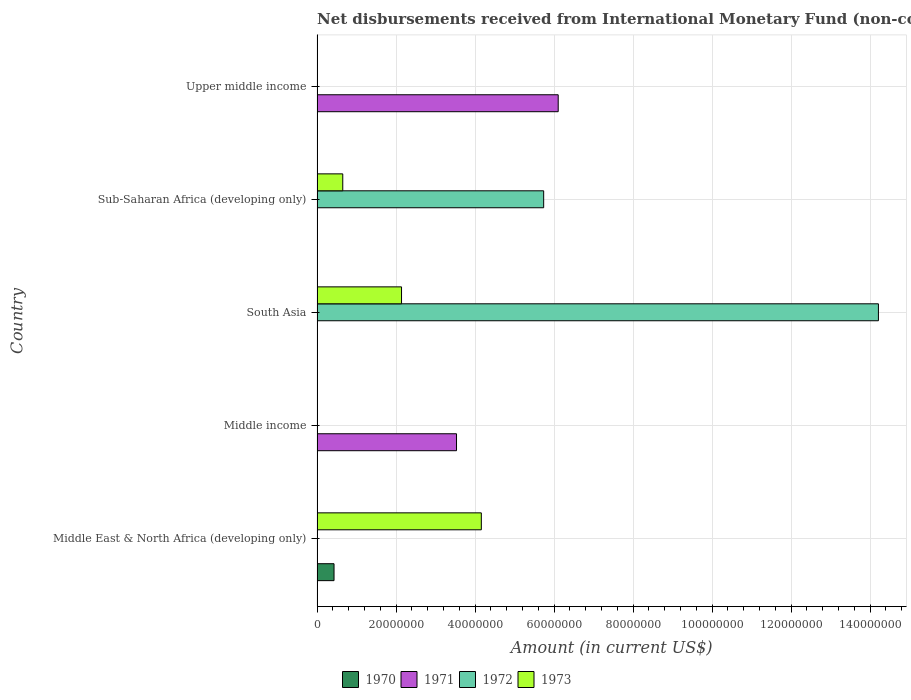
| Country | 1970 | 1971 | 1972 | 1973 |
 | --- | --- | --- | --- | --- |
 | Middle East & North Africa (developing only) | 4.3e+06 | -2.56e+06 | -8.06e+07 | 4.16e+07 |
 | Middle income | -1.57e+08 | 3.53e+07 | -9.49e+07 | -1.57e+08 |
 | South Asia | -4.59e+07 | -1.32e+07 | 1.42e+08 | 2.14e+07 |
 | Sub-Saharan Africa (developing only) | -4.43e+07 | -1.79e+07 | 5.74e+07 | 6.51e+06 |
 | Upper middle income | -1.31e+08 | 6.11e+07 | -1.02e+08 | -1.06e+08 |